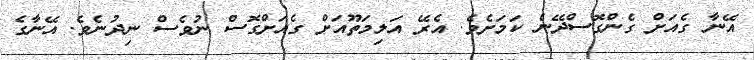
އޭނާ ގެއަށް ގެންގޮސްދޭނެ ކަމަށެވެ. އެރޭ އަލިމަތޫއަށް ގެއަށްގޮސް ނުވެސް ނިދުނެެވެ. އޭނާގެ